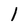
Character: l